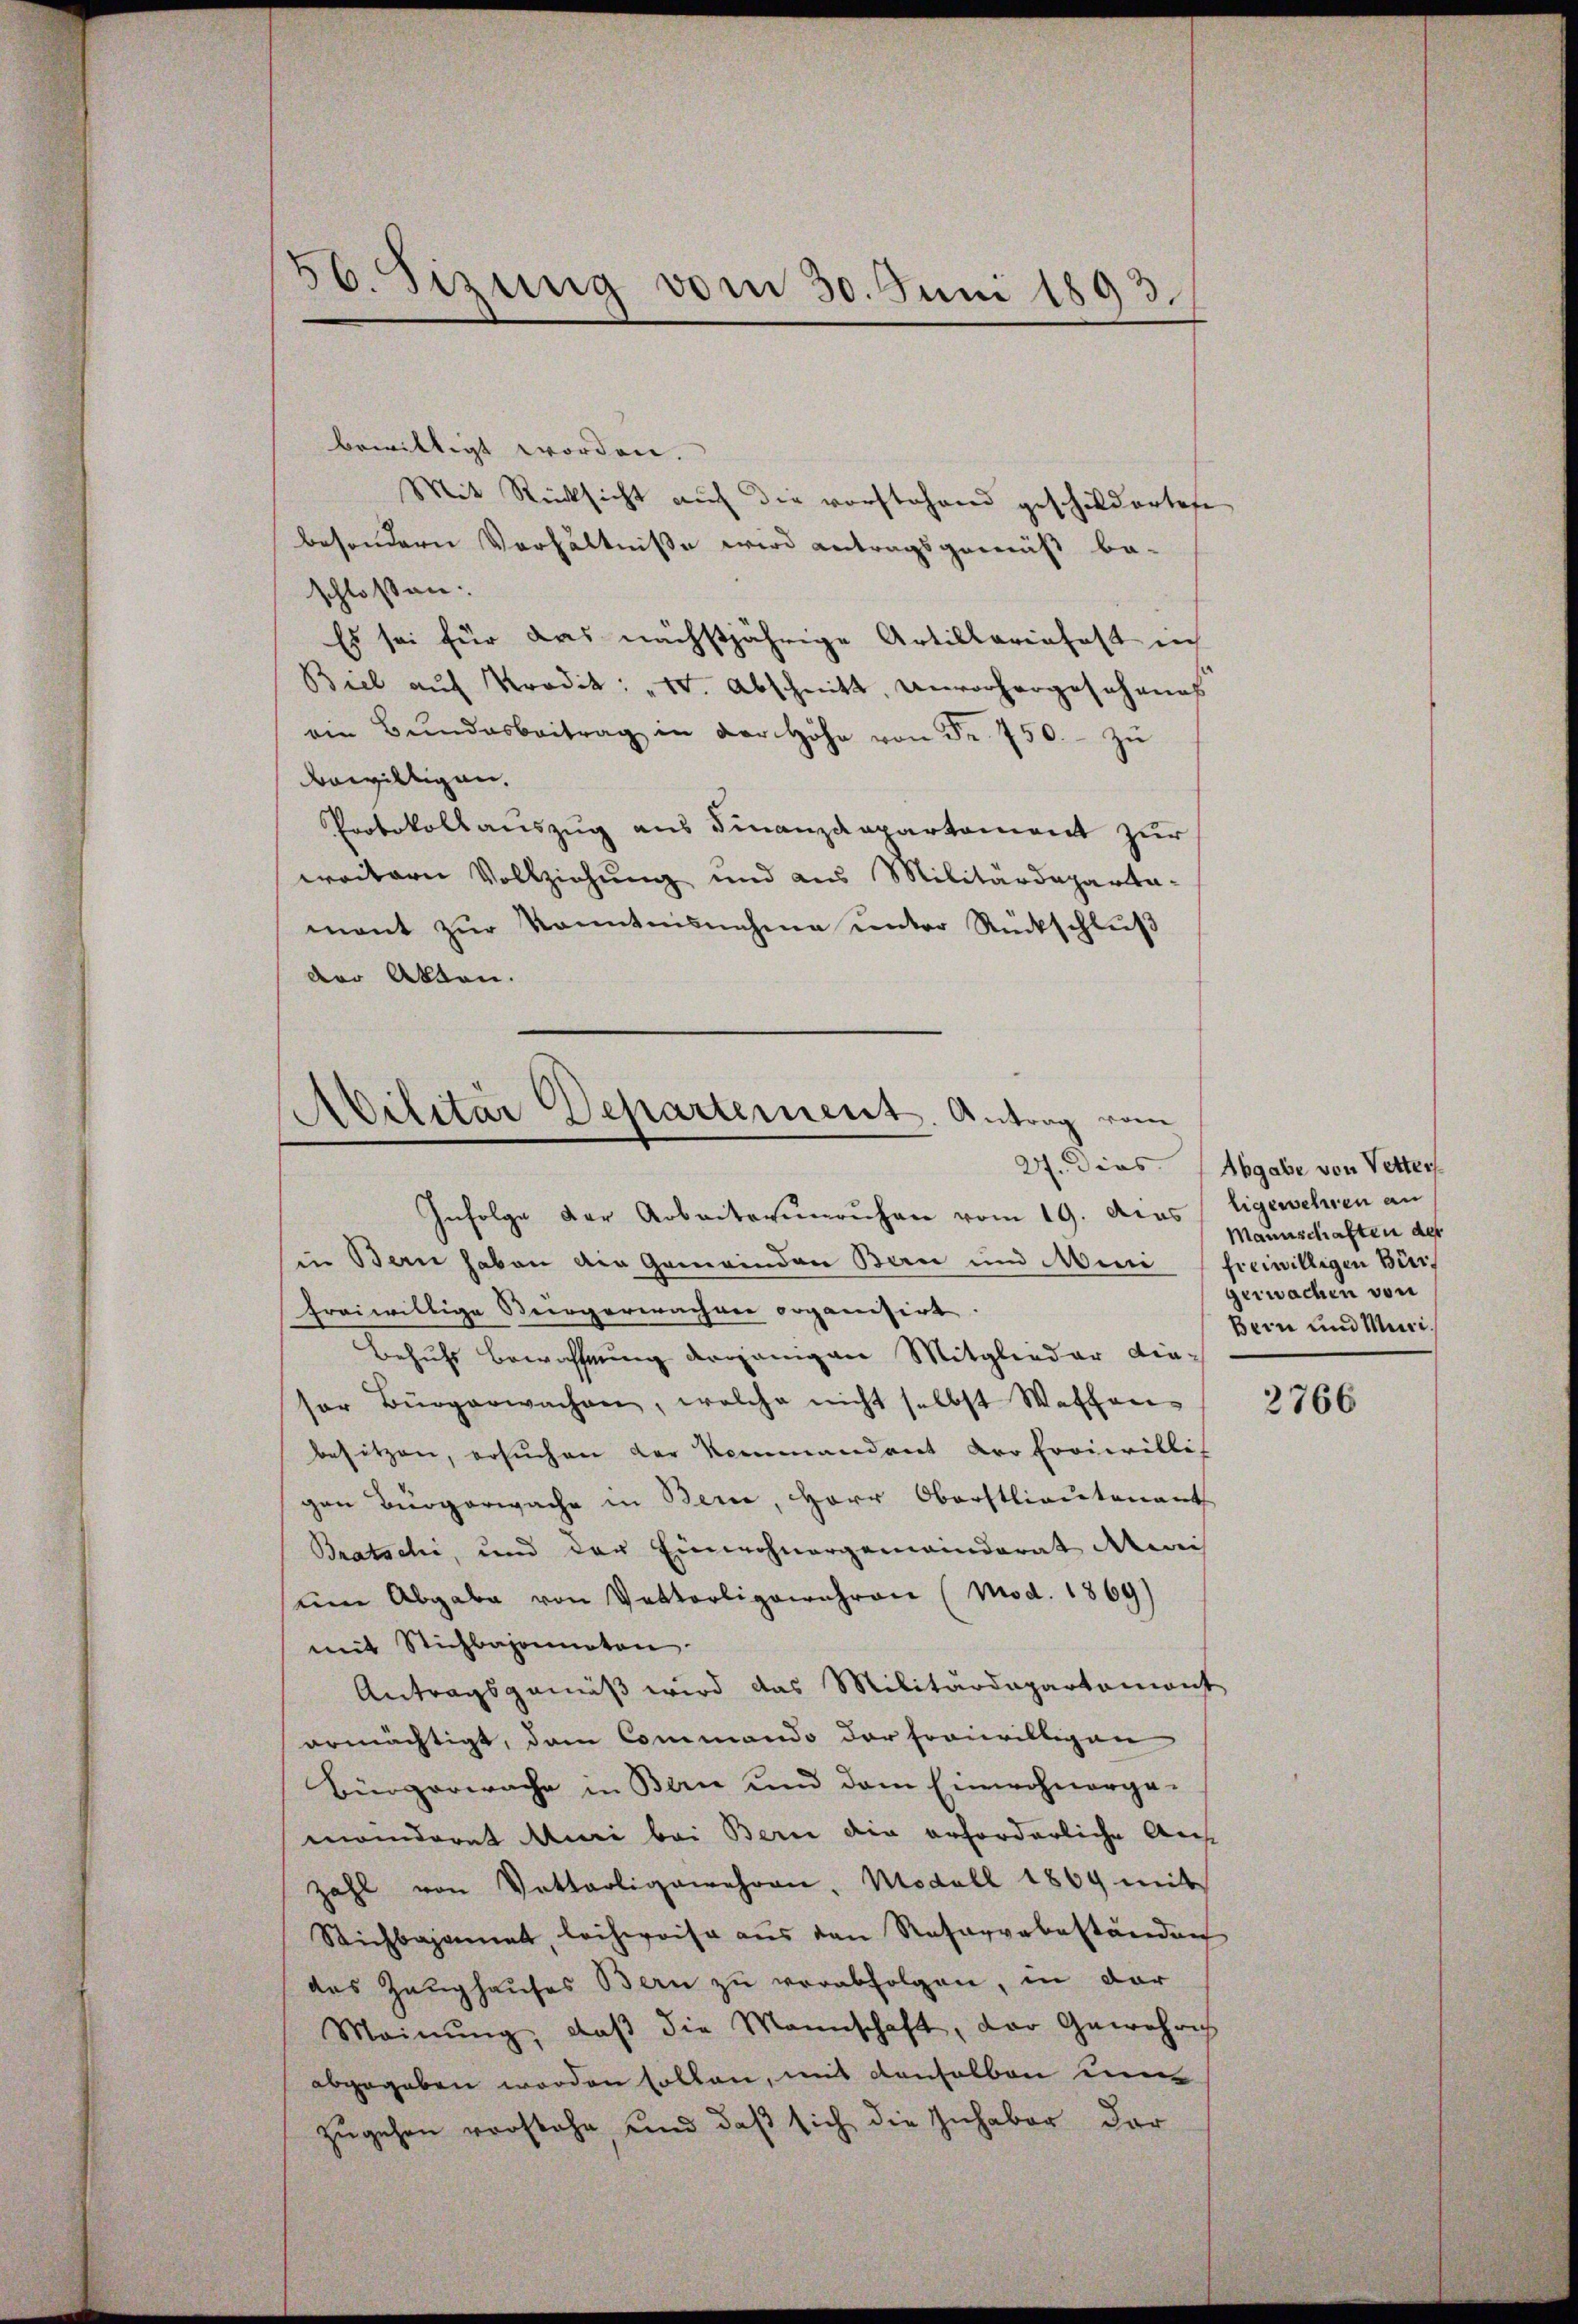
56. Sizung vom 30. Juni 1893.

bewilligt worden.
Mit Rücksicht auf die vorstehend geschildertese
besondern Verhältnisse wird antragsgemäß be-
schlossen:
Es sei für das nächstjährige Artillariefest in
Biel auf Prodik: „10. Abschnitt, Unvorhergeschenes
ein Bŭndesbeitrag in der Höhe von Fr. 750.- zŭ
bewilligen,
Protokoll auszug aus Finanzdepartement zur
weitern Vollziehung und aus Militärdepartemant zur Kenntnisnahme unter Rückschluß
der Akten.

Abilitar Departement. Antrag vom

Infolge der Arbeiterunruhen vom 19. Das Eigewehren an
in Bern haben die Gemeinden Bern und Mini (freiwilligen Bürfreiwillige Bergerwachen organisirt.
Behufs Bewohnung derjenigen Mitglieder diesor Bürgerwachen, welche nicht selbst Waffen-
besitzen, ersuchen der Kommandant der Eroiwillis
gen Bürgerwache in Bern, HHerr Oberstlieutenant
Bratschi, und der Einwohnergemeinderat Mai
um Abgabe von Vatterligewahren (Mod. 1869)
mit Stichbajoneten
Antragsgemäß wird das Militärdepartemont
ermächtigt, dem Commando der freiwilligen
Bürgerwache in Bern und dem Einwohnergemanderat Muri bei Bern die erforderliche Auf
zahl von Vottarligewehren, Modell 1869 mit
Stichbajonet, leihereise aus den Rasarvabeständen
das Zeughauses Bern zu verabfolgen, in der
Meinŭng, daβ die Mannschaft, der Gewehrich
abgegeben worden sollen, mit denselben un
zugehen vorstehe, und daß sich die Inhaber der

27. Dies Abgabe von Vetter
Mannschaften der
gerwachen von
Bern und Muri¬

2766